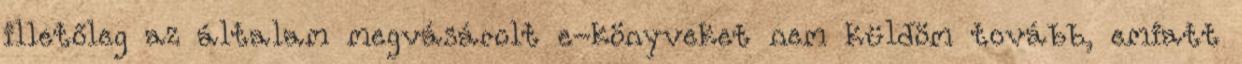
illetőleg az általam megvásárolt e-könyveket nem küldöm tovább, emiatt